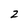
Character: 2